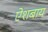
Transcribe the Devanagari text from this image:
ऐशबाय